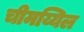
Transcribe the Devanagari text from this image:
चीमय्यिल